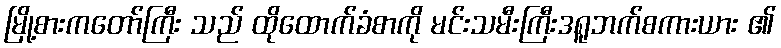
မြို့စားကတော်ကြီး သည် ထိုထောက်ခံစာကို မင်းသမီးကြီးဒရူဘက်စကားယား ၏